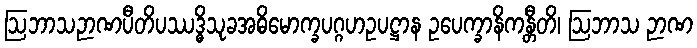
ဩဘာသဉာဏပီတိပဿဒ္ဓိသုခအဓိမောက္ခပဂ္ဂဟဥပဋ္ဌာန ဥပေက္ခာနိကန္တီတိ၊ ဩဘာသ ဉာဏ